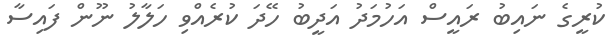
ކުރީގެ ނައިބު ރައީސް އަހުމަދު އަދީބު ހޭދަ ކުރެއްވި ހަލާލު ނޫން ފައިސާ